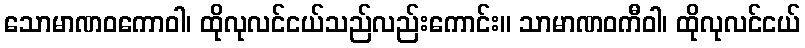
သောမာဏဝကောဝါ၊ ထိုလုလင်ငယ်သည်လည်းကောင်း။ သာမာဏဝကီဝါ၊ ထိုလုလင်ငယ်